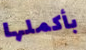
بأكملها